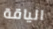
الياقة